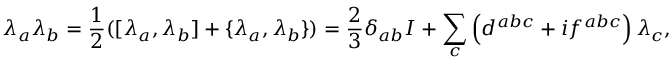
\lambda _ { a } \lambda _ { b } = { \frac { 1 } { 2 } } ( [ \lambda _ { a } , \lambda _ { b } ] + \{ \lambda _ { a } , \lambda _ { b } \} ) = { \frac { 2 } { 3 } } \delta _ { a b } I + \sum _ { c } \left( d ^ { a b c } + i f ^ { a b c } \right) \lambda _ { c } ,